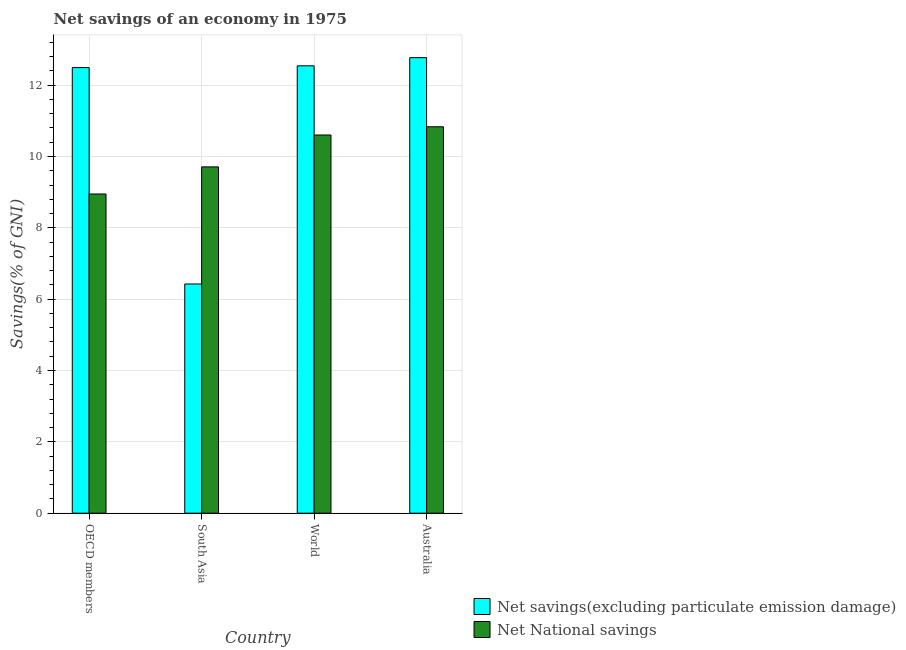
| Country | Net savings(excluding particulate emission damage) | Net National savings |
 | --- | --- | --- |
 | OECD members | 12.5 | 8.95 |
 | South Asia | 6.43 | 9.71 |
 | World | 12.5 | 10.6 |
 | Australia | 12.8 | 10.8 |